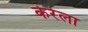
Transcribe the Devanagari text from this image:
केरेला